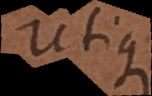
Utique